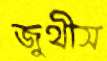
জুথীস